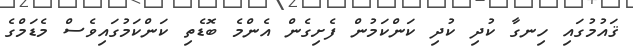
ޤައުމުގައި ހިނގާ ކުދި ކުދި ކަންކަމުން ފެށިގެން އެންމެ ބޮޑެތި ކަންކަމުގައިވެސް މެޑަމްގެ